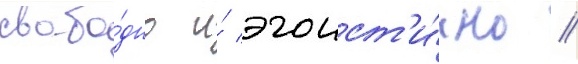
свобо́дно и́ эгоист'и́чно //